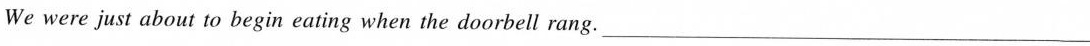
We were just about to begin eating when the doorbell rang.___